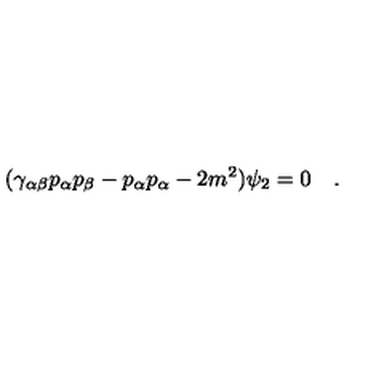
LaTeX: ( \gamma _ { \alpha \beta } p _ { \alpha } p _ { \beta } - p _ { \alpha } p _ { \alpha } - 2 m ^ { 2 } ) \psi _ { 2 } = 0 \quad .